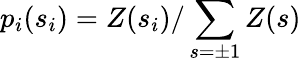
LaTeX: p_{i}(s_{i})=Z(s_{i})/\sum_{s=\pm 1}Z(s)